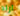
اراد